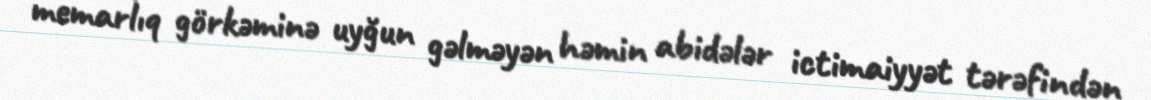
memarlıq görkəminə uyğun gəlməyən həmin abidələr ictimaiyyət tərəfindən